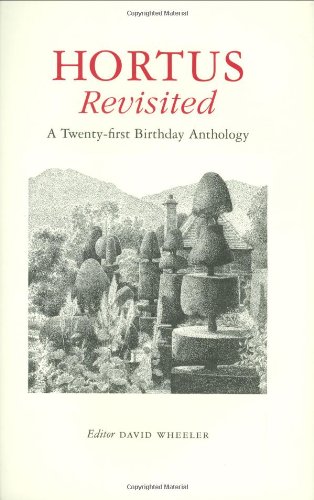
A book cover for Hortus Revisited: A Twenty-first Birthday Anthology; Crafts, Hobbies & Home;